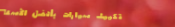
تكييف سيارات بأفضل الأسعا